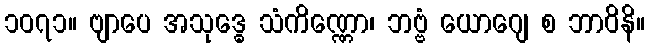
၁၀၇၁။ ဗျာပေ အသုဒ္ဓေ သံကိဏ္ဏော၊ ဘဗ္ဗံ ယောဂျေ စ ဘာဝိနိ။